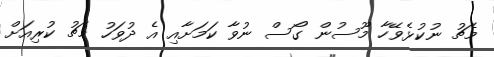
މެޗު ނުކުޅެވޭހާ މޫސުން ގޯސް ނުވާ ކަމަށާއި އެ ދުވަހު މެޗު ކުރިއަށް